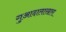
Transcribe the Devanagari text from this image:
गुआदालाख़ारा